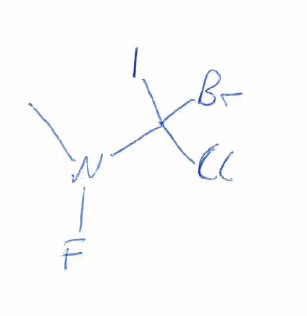
Simplified molecular-input line-entry system (SMILES) notation of the given molecule:
CN(C(Cl)(Br)I)F